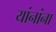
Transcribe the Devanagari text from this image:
यांनांना